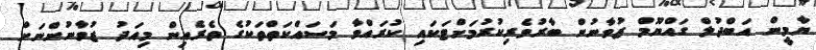
ޔާމީން އަބްދުލް ގައްޔޫމް ޒުވާނުން ބާރުވެރިކުރުމަށްޓަކައި ކުރައްވާ މަސައްކަތްތަކުގެ ތެރެއިން މިއަދު ޒުވާނުންނަށް